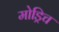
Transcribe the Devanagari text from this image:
मोड्रिच